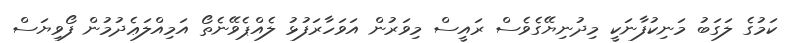
ކަމުގެ ލަގަބު މަނިކުފާނަކީ މިދުނިޔޭގެވެސް ރައީސް މިވަރުން އަވަހާރަފުޅު ލެއްޕެވޭނެތޯ އަމިއްލަޢެދުމުން ފޯވިޔަސް